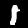
Digit: 1